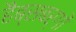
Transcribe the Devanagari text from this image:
हैब्सबर्गों